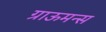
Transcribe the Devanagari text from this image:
ग्राऊमन्स